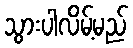
သွားပါလိမ့်မည်